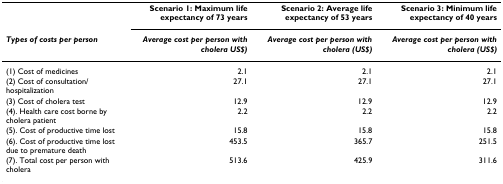
|  | Scenario 1: Maximum life expectancy of 73 years | Scenario 2: Average life expectancy of 53 years | Scenario 3: Minimum life expectancy of 40 years |
 | Types of costs per person | Average cost per person with cholera US$) | Average cost per person with cholera (US$) | Average cost per person with cholera (US$) |
 | --- | --- | --- | --- |
 | (1) Cost of medicines | 2.1 | 2.1 | 2.1 |
 | (2) Cost of consultation/hospitalization | 27.1 | 27.1 | 27.1 |
 | (3) Cost of cholera test | 12.9 | 12.9 | 12.9 |
 | (4). Health care cost borne by cholera patient | 2.2 | 2.2 | 2.2 |
 | (5). Cost of productive time lost | 15.8 | 15.8 | 15.8 |
 | (6). Cost of productive time lost due to premature death | 453.5 | 365.7 | 251.5 |
 | (7). Total cost per person with cholera | 513.6 | 425.9 | 311.6 |